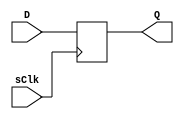
module flop (
             output reg Q,
             input      D,
             input      sClk
             );

   always @ (posedge sClk)
     begin
        Q <= D;
     end

endmodule // flop